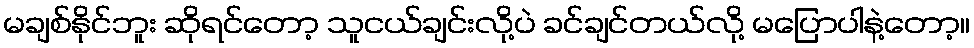
မချစ်နိုင်ဘူး ဆိုရင်တော့ သူငယ်ချင်းလို့ပဲ ခင်ချင်တယ်လို့ မပြောပါနဲ့တော့။